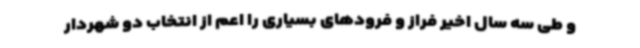
و طی سه سال اخیر فراز و فرودهای بسیاری را اعم از انتخاب دو شهردار